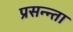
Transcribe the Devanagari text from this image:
प्रसन्न्ता